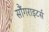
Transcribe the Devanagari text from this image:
सौंगराइटर्स